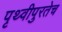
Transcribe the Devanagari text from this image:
पृथ्वीपुरतेच